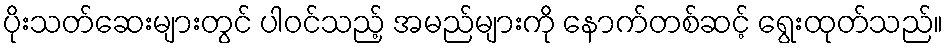
ပိုးသတ်ဆေးများတွင် ပါဝင်သည့် အမည်များကို နောက်တစ်ဆင့် ရွေးထုတ်သည်။